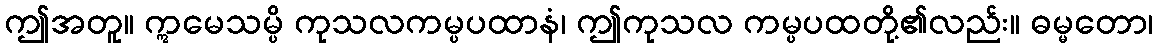
ဤအတူ။ ဣမေသမ္ပိ ကုသလကမ္ပပထာနံ၊ ဤကုသလ ကမ္ပပထတို့၏လည်း။ ဓမ္မတော၊